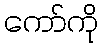
ကော်ကို